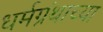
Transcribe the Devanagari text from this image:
धर्मग्रंथाच्या